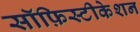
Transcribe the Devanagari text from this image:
सॉफ़िस्टीकेशन